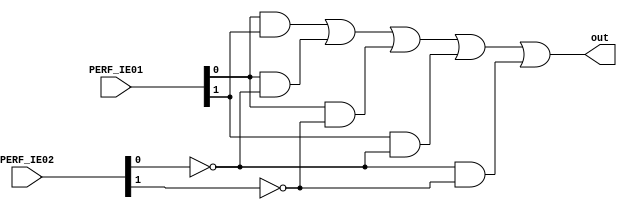
module comp_prio(PERF_IE01, PERF_IE02, out);
	input [1:0] PERF_IE01, PERF_IE02; // ENTRADAS DO MODULO RELACIONADAS AO BINARIOS CIRADOS A PARTIR DO PERFIL DE CADA INTERFACE
	output out; // SAIDA DO MODULO RELACIONADA A QUAL DAS DUAS INTERFACES GANHARAM A PRIORIDADE
					// 1 PARA QUANDO A IE01 GANHA A PRIORIDADE e 0 PARA QUANDO A IE02 GANHA A PRIORIDADE
	wire PERF_IE02_not0, PERF_IE02_not1, // FIOS PARA SEREM UTILIZADOS NAS PORTAS INVERSORAS
	SUP1, SUP2, SUP3, SUP4, SUP5; // FIOS DE SUPORTE PARA SEREM LIGADOS NAS PORTAS LOGICAS
	
	// PORTAS INVERSORAS PARA UM DOIS DOS BITS DAS ENTRADAS
	not PERF_IE02_inv0(PERF_IE02_not0, PERF_IE02[0]);
	not PERF_IE02_inv1(PERF_IE02_not1, PERF_IE02[1]);

	// PORTAS LOGICAS INTERMEDIARIAS PARA FAZER A COMPARAO DE QUAL DAS INTERFACES GANHOU A PRIORIDADE
	and And0 (SUP1, PERF_IE01[0], PERF_IE01[1]);
	and And1 (SUP2, PERF_IE01[0], PERF_IE02_not0);
	and And2 (SUP3, PERF_IE01[0], PERF_IE02_not1);
	and And3 (SUP4, PERF_IE01[1], PERF_IE02_not0);
	and And4 (SUP5, PERF_IE02_not0, PERF_IE02_not1);
	
	// PORTA LOGICA OR PARA A SAIDA DO MODULO USANDO O RESULTADO DE TODAS AS PORTAS LOGICAS INTERMIDIARIAS
	or Or0 (out, SUP1, SUP2, SUP3, SUP4, SUP5);
	
	
endmodule